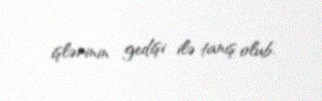
işlərinin gedişi ilə tanış olub.